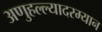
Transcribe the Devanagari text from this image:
अणुहल्ल्यादरम्यान